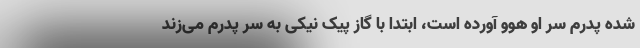
شده پدرم سر او هوو آورده است، ابتدا با گاز پیک نیکی به سر پدرم می‌زند